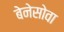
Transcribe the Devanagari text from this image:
बेनेसोवा